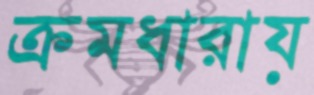
ক্রমধারায়